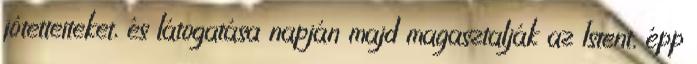
jótetteiteket, és látogatása napján majd magasztalják az Istent, épp